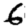
Digit: 6